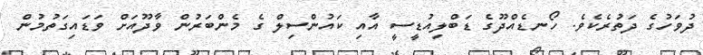
ދުވަހުގެ ދަތުރެކެވެ. ހޯނޑެއްދޫގެ ޑަބްލިއުޑީސީ އާއި ކައުންސިލް ގެ މެންބަރުން ވާދޫއަށް ވަޑައިގަތުމުން